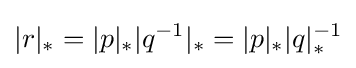
|r|_{*}=|p|_{*}|q^{-1}|_{*}=|p|_{*}|q|_{*}^{-1}